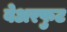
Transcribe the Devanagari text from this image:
बेअरफुट